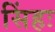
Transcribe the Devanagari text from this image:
सिंहः